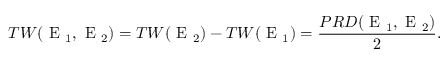
T W ( \textrm { E } _ { 1 } , \textrm { E } _ { 2 } ) = T W ( \textrm { E } _ { 2 } ) - T W ( \textrm { E } _ { 1 } ) = \frac { P R D ( \textrm { E } _ { 1 } , \textrm { E } _ { 2 } ) } { 2 } .